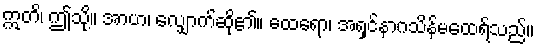
ဣတိ၊ ဤသို့။ အာဟ၊ လျှောက်ဆို၏။ ထေရော၊ အရှင်နာဂသိန်မထေရ်သည်။